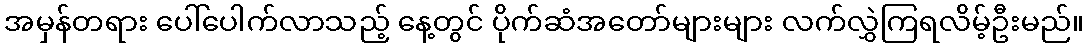
အမှန်တရား ပေါ်ပေါက်လာသည့် နေ့တွင် ပိုက်ဆံအတော်များများ လက်လွှဲကြရလိမ့်ဦးမည်။